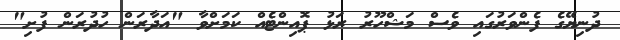
ދުނިޔޭގެ ފެންވަރުގައި ވެސް މަޝްހޫރު ރަޅު ޕޮއިންޓެއް ކަމަށްވާ "އަދާރަން ހުދުރަން ފުށި"